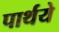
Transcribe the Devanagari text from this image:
पार्थये